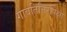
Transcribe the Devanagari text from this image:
गावतित्तिरापेक्षा